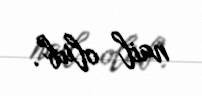
nail olub".